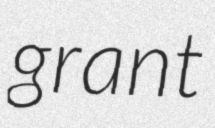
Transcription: grant